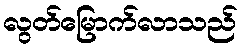
လွတ်မြောက်လာသည်